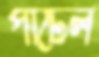
পাটেল